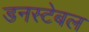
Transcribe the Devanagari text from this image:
डनस्टेबल